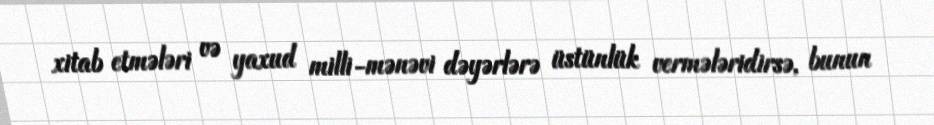
xitab etmələri və yaxud milli-mənəvi dəyərlərə üstünlük vermələridirsə, bunun